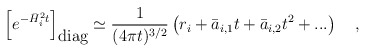
\begin{align*}\left[ e^{-\bar{H}_i^2t} \right]_{\mbox{diag}} \simeq{1 \over (4\pi t)^{3/2}}\left(r_i+\bar{a}_{i,1}t+\bar{a}_{i,2}t^2+...\right)~~~,\end{align*}